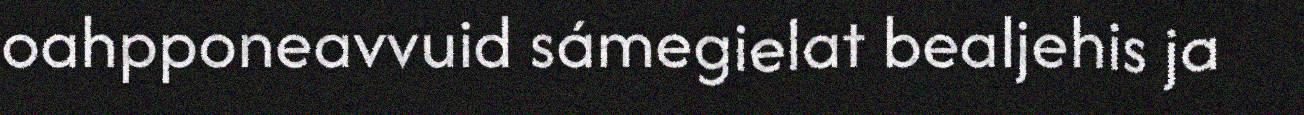
oahpponeavvuid sámegielat bealjehis ja